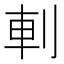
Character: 𠜒